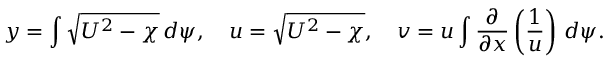
y = \int { \sqrt { U ^ { 2 } - \chi } } \, d \psi , \quad u = { \sqrt { U ^ { 2 } - \chi } } , \quad v = u \int { \frac { \partial } { \partial x } } \left( { \frac { 1 } { u } } \right) \, d \psi .